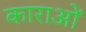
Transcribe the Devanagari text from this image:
काराओं